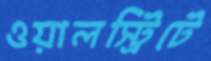
ওয়ালস্ট্রিটে